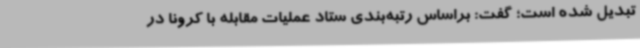
تبدیل شده است؛ گفت: براساس رتبه‌بندی ستاد عملیات مقابله با کرونا در